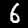
Label: 6